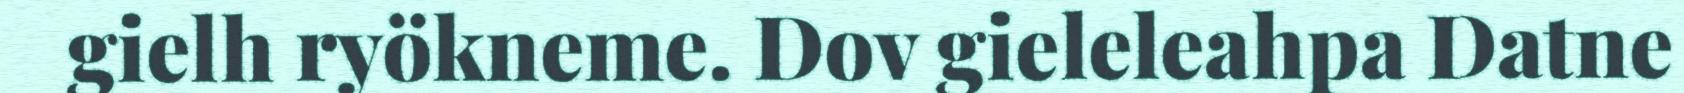
gielh ryökneme. Dov gieleleahpa Datne